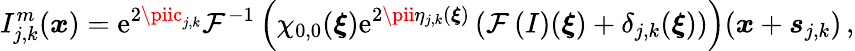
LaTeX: I_{j,k}^{m}(\boldsymbol{x})=\mathrm{e}^{2\piic_{j,k}}\mathcal{{F}}^{-1}\left(\chi_{0,0}(\boldsymbol{\xi})\mathrm{e}^{2\pii\eta_{j,k}(\boldsymbol{\xi})}\left(\mathcal{{F}}\left(I\right)(\boldsymbol{\xi})+\delta_{j,k}(\boldsymbol{\xi})\right)\right)(\boldsymbol{x}+\boldsymbol{s}_{j,k})\, ,